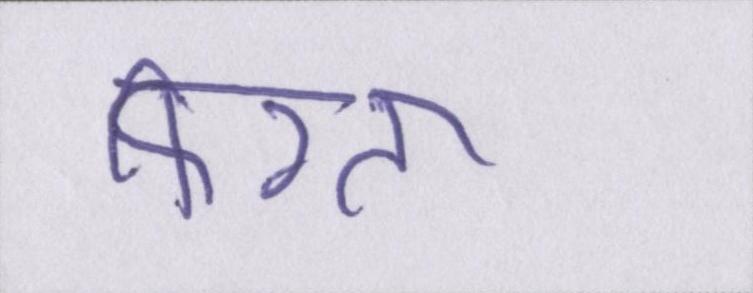
फिरता